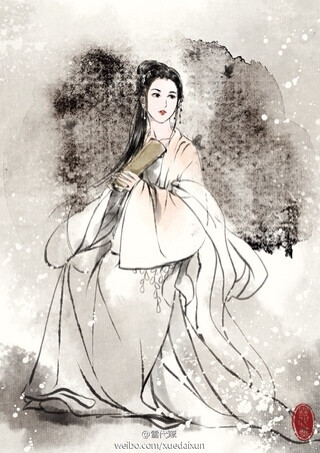
淡荡春光寒食天。玉炉沉水袅残烟。梦回山枕隐花钿。